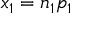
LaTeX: x _ { 1 } = n _ { 1 } p _ { 1 }